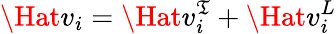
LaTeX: \Hat{v}_{i}=\Hat{v}_{i}^{\mathfrak{T}}+\Hat{v}_{i}^{L}